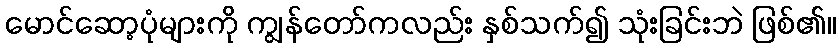
မောင်ဆော့ပုံများကို ကျွန်တော်ကလည်း နှစ်သက်၍ သုံးခြင်းဘဲ ဖြစ်၏။